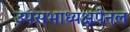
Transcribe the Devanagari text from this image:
उपसभाध्यक्षपेनल